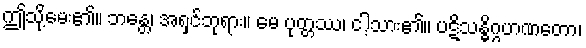
ဤသို့မေး၏။ ဘန္တေ၊ အရှင်ဘုရား။ မေ ပုတ္တဿ၊ ငါ့သား၏။ ပဋိသန္ဓိဂ္ဂဟဏတော၊